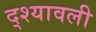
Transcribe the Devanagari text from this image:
द्श्यावली